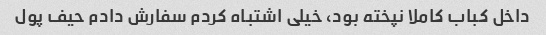
داخل کباب کاملا نپخته بود، خیلی اشتباه کردم سفارش دادم حیف پول